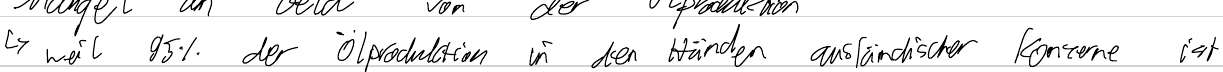
-> weil 95% der Ölproduktion in den Händen ausländischer Konzerne ist